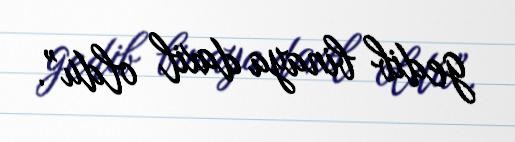
gedib binaya daxil oldu”.